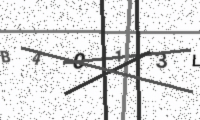
Text: B4013L